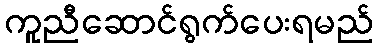
ကူညီဆောင်ရွက်ပေးရမည်